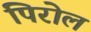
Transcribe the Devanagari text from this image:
पिरोल